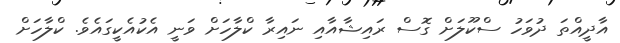
އާދީއްތަ ދުވަހު ސްކޫލަށް ގޮސް ރައިޝާއާއި ނައިރާ ކްލާހަށް ވަނީ އެކުއެކީގައެވެ. ކްލާހަށް